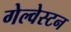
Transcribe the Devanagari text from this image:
गेल्‍वेस्‍टन